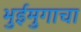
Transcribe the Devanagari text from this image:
भुईमुगाचा